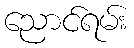
ညောင်ရမ်း